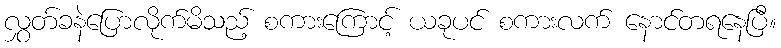
လွှတ်ခနဲပြောလိုက်မိသည့် စကားကြောင့် ယခုပင် စကားလက် နောင်တရနေပြီ။